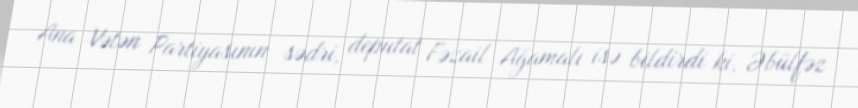
Ana Vətən Partiyasının sədri, deputat Fəzail Ağamalı isə bildirdi ki, Əbülfəz